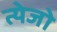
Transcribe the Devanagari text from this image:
त्येजो